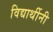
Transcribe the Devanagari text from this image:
विद्यार्थीनी